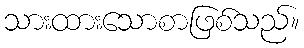
သားထားသောစာဖြစ်သည်။